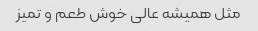
مثل همیشه عالی خوش طعم و تمیز